Lunatic asylums Punjab 1895-1910 - 1895-1910
Year: 1895
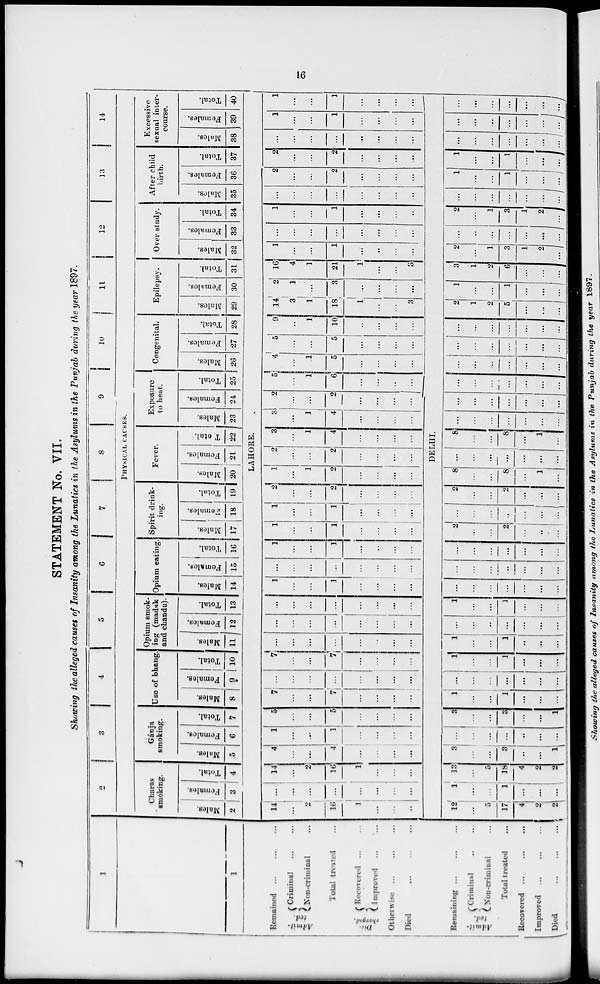
16
STATEMENT No. VII.
Showing the alleged causes of Insanity among the Lunatics in the Asylums in the Punjab during the year 1897.
1
1
Remained ... ... ...
Admit-
ted.
Criminal ... ...
Non-criminal ...
Total treated ...
Dis
charged.
Recovered ... ...
Improved ... ...
Otherwise ... ... ...
Died
...
...
...
Remaining ... ... ...
Admit-
ted
Criminal ... ...
Non-criminal ...
Total treated ...
Recovered ... ... ...
Improved
...
...
...
Died
...
...
...
2
3
4
5
6
7
8
9
10
11
12
13
14
PHYSICAL CAUSES.
Charas
smoking.
Males.
2
Females.
3
Total.
4
Gánja
smoking.
Males.
5
Females.
6
Total.
7
Use of bhang
Males.
8
Females.
9
Total.
10
Opium smok-
ing (madak
and chandu).
Males.
11
Females.
12
Total.
13
Opium eating
Males.
14
Females.
15
Total.
16
Spirit drink-
ing.
Males.
17
Females.
18
Total.
19
Fever.
Males.
20
Females.
21
Total.
22
Exposure
to heat.
Males.
23
Females.
24
Total.
25
Congenital.
Males.
26
Females.
27
Total.
28
Epilepsy.
Males.
29
Females.
30
Total.
31
Over study.
Males.
32
Females.
33
Total.
34
After child
birth.
Males.
35
Females.
36
Total.
37
Excessive
sexual inter-
course.
Males.
38
Females.
39
Total.
40
LAHORE.
14
...
2
16
1
...
...
...
...
...
...
...
...
...
...
...
14
...
2
16
1
...
...
...
4
...
...
4
...
...
...
...
1
...
...
4
...
...
...
...
5
...
...
5
...
...
...
...
7
...
...
7
...
...
...
...
...
...
...
...
...
...
...
...
7
...
...
7
...
...
...
...
...
...
...
...
...
...
...
...
...
...
...
...
...
...
...
...
...
...
...
...
...
...
...
...
1
...
...
1
...
...
...
...
...
...
...
...
...
...
...
...
1
...
...
1
...
..
...
1
...
...
1
...
...
...
...
1
...
...
1
...
...
...
...
2
...
...
2
...
...
...
...
1
...
1
2
...
...
...
...
2
...
...
2
...
...
...
...
3
...
1
4
...
...
...
...
3
...
1
4
...
...
...
2
...
...
2
...
...
...
...
5
...
1
6
...
...
..
...
4
...
1
5
...
...
...
...
5
...
...
5
...
...
...
...
9
...
1
10
...
...
...
...
14
3
1
18
1
...
...
3
2
1
...
3
...
...
...
...
16
4
1
21
1
...
...
3
1
...
...
1
...
...
...
...
...
...
...
...
...
...
...
...
1
...
...
1
...
...
...
...
...
...
...
...
...
...
...
...
2
...
...
2
...
...
...
...
2
...
...
2
...
...
...
...
...
...
...
...
...
...
...
...
1
...
...
1
...
...
...
...
1
...
...
1
...
...
...
...
DELHI.
12
...
5
17
4
2
2
1
...
...
1
...
...
...
13.
...
5
18
4
2
2
3
...
...
3
...
...
1
...
...
...
...
...
...
...
3
...
...
3
...
...
1
1
...
...
1
...
...
...
...
...
...
...
...
...
...
1
...
...
1
...
...
...
1
...
1
..
...
...
...
...
..
...
...
...
...
1
...
...
1
...
...
...
...
...
...
...
...
...
..
...
...
...
...
...
...
...
...
...
...
...
...
...
...
2
...
...
2
...
...
...
...
...
...
...
...
...
...
2
...
...
2
...
...
...
8
...
...
8
...
1
...
...
...
...
...
...
...
...
8
...
...
8
...
1
...
...
...
...
...
...
...
...
...
...
...
...
...
...
...
...
...
...
...
...
...
...
...
...
...
...
...
...
...
...
...
...
...
...
...
...
...
...
...
...
...
...
...
2
1
2
5
...
...
...
1
...
1
...
...
...
3
1
2
6
...
...
....
2
...
1
3
1
2
...
...
...
...
...
...
...
...
2
...
1
3
1
2
...
...
...
...
...
...
...
...
1
...
...
1
...
...
...
1
...
...
1
...
...
...
...
...
...
...
...
...
...
...
...
...
...
...
...
...
...
...
...
...
...
...